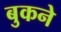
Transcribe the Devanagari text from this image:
बुकने